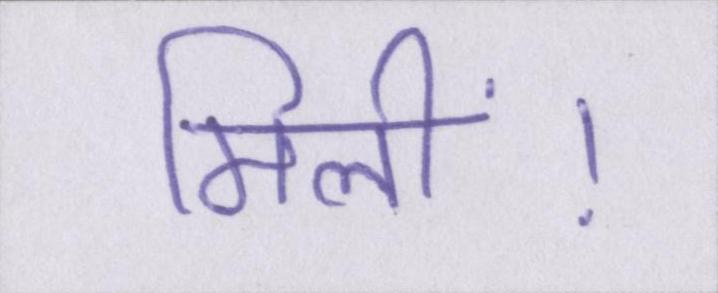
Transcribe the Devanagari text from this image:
मिलीं।